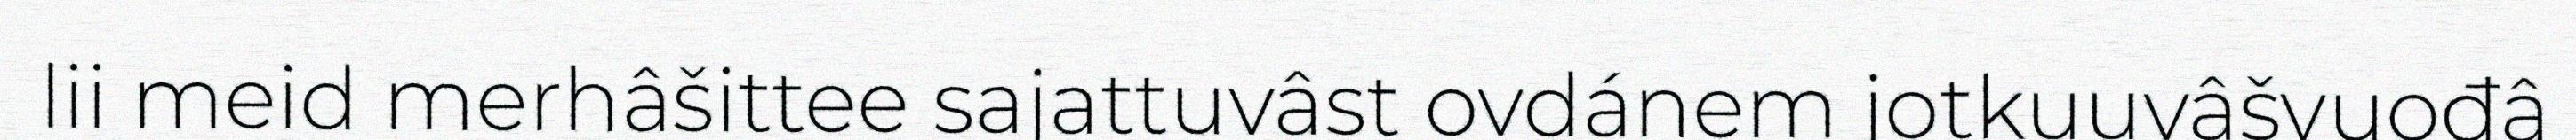
lii meid merhâšittee sajattuvâst ovdánem jotkuuvâšvuođâ